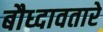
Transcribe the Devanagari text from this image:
बौध्दावतारे